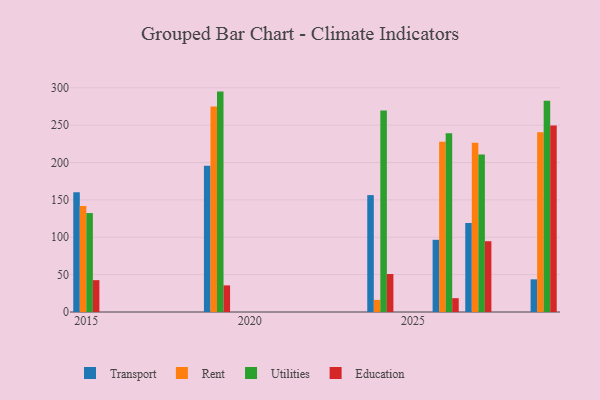
{"axis": {"x": "Year", "y": "Shipments"}, "legend": ["Education", "Rent", "Transport", "Utilities"], "data": [{"x": "2029", "y": 43.7, "type": "Transport"}, {"x": "2029", "y": 240.6, "type": "Rent"}, {"x": "2029", "y": 282.8, "type": "Utilities"}, {"x": "2029", "y": 249.4, "type": "Education"}, {"x": "2026", "y": 96.6, "type": "Transport"}, {"x": "2026", "y": 227.9, "type": "Rent"}, {"x": "2026", "y": 239.2, "type": "Utilities"}, {"x": "2026", "y": 18.5, "type": "Education"}, {"x": "2027", "y": 119.1, "type": "Transport"}, {"x": "2027", "y": 226.5, "type": "Rent"}, {"x": "2027", "y": 210.7, "type": "Utilities"}, {"x": "2027", "y": 94.7, "type": "Education"}, {"x": "2024", "y": 156.4, "type": "Transport"}, {"x": "2024", "y": 16.2, "type": "Rent"}, {"x": "2024", "y": 269.7, "type": "Utilities"}, {"x": "2024", "y": 50.8, "type": "Education"}, {"x": "2015", "y": 160.2, "type": "Transport"}, {"x": "2015", "y": 141.8, "type": "Rent"}, {"x": "2015", "y": 132.4, "type": "Utilities"}, {"x": "2015", "y": 42.6, "type": "Education"}, {"x": "2019", "y": 195.7, "type": "Transport"}, {"x": "2019", "y": 274.9, "type": "Rent"}, {"x": "2019", "y": 294.9, "type": "Utilities"}, {"x": "2019", "y": 35.6, "type": "Education"}]}